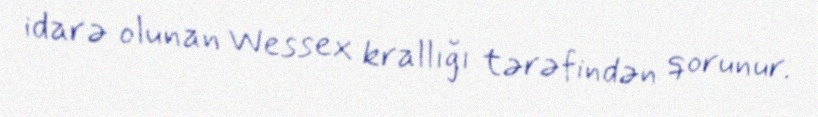
idarə olunan Wessex krallığı tərəfindən qorunur.